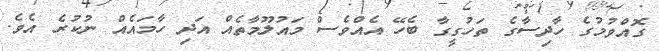
ގޮއްވުމުގެ ހާދިސާގެ ތަހުގީގާ ބެހޭ އެއްވެސް މައުލޫމާތެއް އަދި ހާމައެއް ނުކުރެ އެވެ.